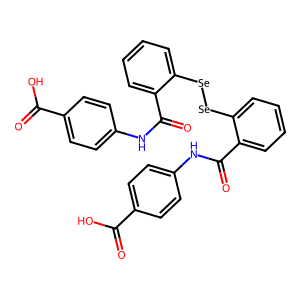
SMILES: O=C(O)c1ccc(NC(=O)c2ccccc2[Se][Se]c2ccccc2C(=O)Nc2ccc(C(=O)O)cc2)cc1
Inhibits HIV replication: Yes